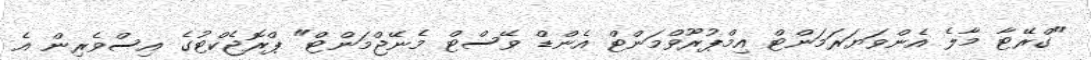
"ގްރޭޓާ މާލެ އެންވަޔަރަމަންޓް އިމްޕުރޫވްމަންޓް އެންޑް ވޭސްޓް މެނޭޖްމަންޓް" ޕްރޮޖެކްޓުގެ އިސްވެރިން އެ